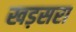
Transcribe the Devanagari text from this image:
खड़सरा